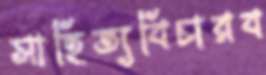
সাহিত্যবিচারব